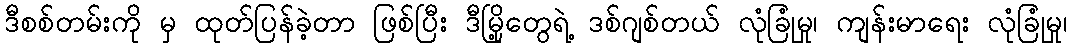
ဒီစစ်တမ်းကို မှ ထုတ်ပြန်ခဲ့တာ ဖြစ်ပြီး ဒီမြို့တွေရဲ့ ဒစ်ဂျစ်တယ် လုံခြုံမှု၊ ကျန်းမာရေး လုံခြုံမှု၊